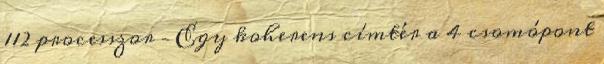
112 processzor – Egy koherens címtér a 4 csomópont